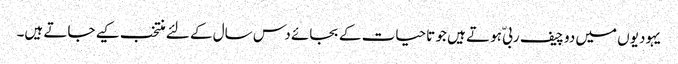
یہودیوں میں دو چیف ربیّ ہوتے ہیں جو تاحیات کے بجائے دس سال کے لئے منتخب کیے جاتے ہیں۔